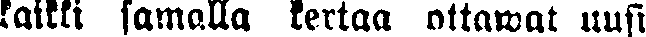
kaikki samalla kertaa ottawat uusi